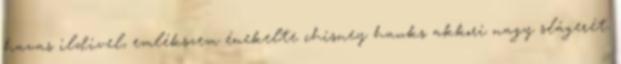
havas ildivel, emlékszem énekelte chisney hawks akkori nagy slágerét.